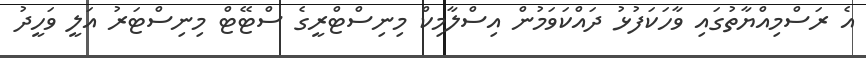
އެ ރަސްމިއްޔާތުގައި ވާހަކަފުޅު ދައްކަވަމުން އިސްލާމިކް މިނިސްޓްރީގެ ސްޓޭޓް މިނިސްޓަރު އަލީ ވަހީދު